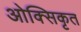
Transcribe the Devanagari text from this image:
ओक्सिकृत